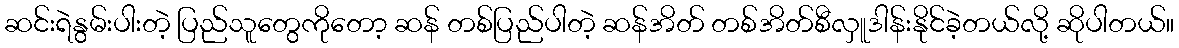
ဆင်းရဲနွမ်းပါးတဲ့ ပြည်သူတွေကိုတော့ ဆန် တစ်ပြည်ပါတဲ့ ဆန်အိတ် တစ်အိတ်စီလှူဒါန်းနိုင်ခဲ့တယ်လို့ ဆိုပါတယ်။